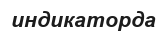
индикаторда